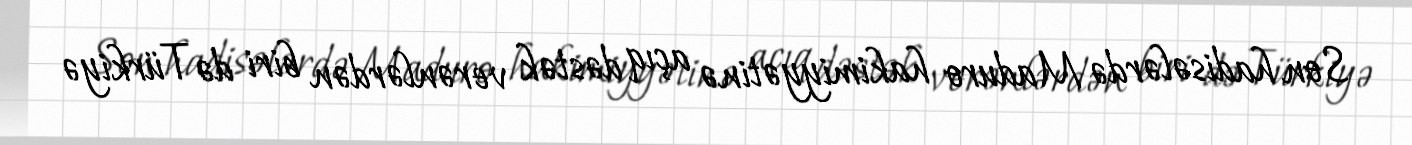
Son hadisələrdə Maduro hakimiyyətinə açıq dəstək verənlərdən biri də Türkiyə